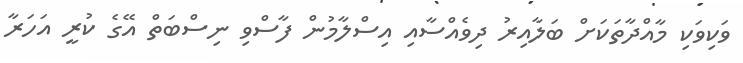
ވަކިވަކި މާއްދާތަކަށް ބަލާއިރު ދިވެއްސާއި އިސްލާމުން ފާސްވި ނިސްބަތް އޭގެ ކުރީ އަހަރާ